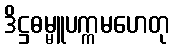
ဒိဋ္ဌဓမ္မူပက္ကမဟေတု